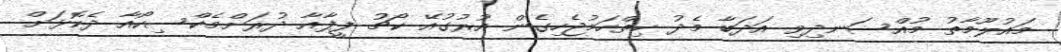
މައުލޫމާތު މުއްސަނދިވި އަދަބާ މެދު ހިތްހަމުޖެހިގެން އުރުގުއޭ ކޯޗު ފީފާއާ ދުރަށްމެކްސިކޯއާ ދެކޮޅަށް